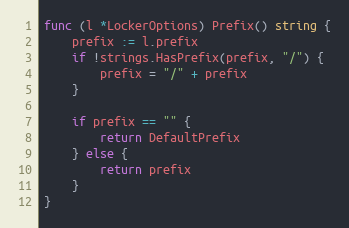
Language: Go
func (l *LockerOptions) Prefix() string {
	prefix := l.prefix
	if !strings.HasPrefix(prefix, "/") {
		prefix = "/" + prefix
	}

	if prefix == "" {
		return DefaultPrefix
	} else {
		return prefix
	}
}